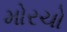
મોરચો